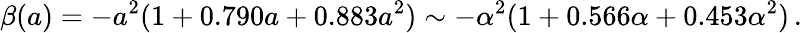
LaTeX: \beta(a)=-a^{2}(1+0.790a+0.883a^{2})\sim-\alpha^{2}(1+0.566\alpha+0.453\alpha^{2})\, .